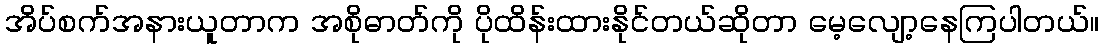
အိပ်စက်အနားယူတာက အစိုဓာတ်ကို ပိုထိန်းထားနိုင်တယ်ဆိုတာ မေ့လျော့နေကြပါတယ်။